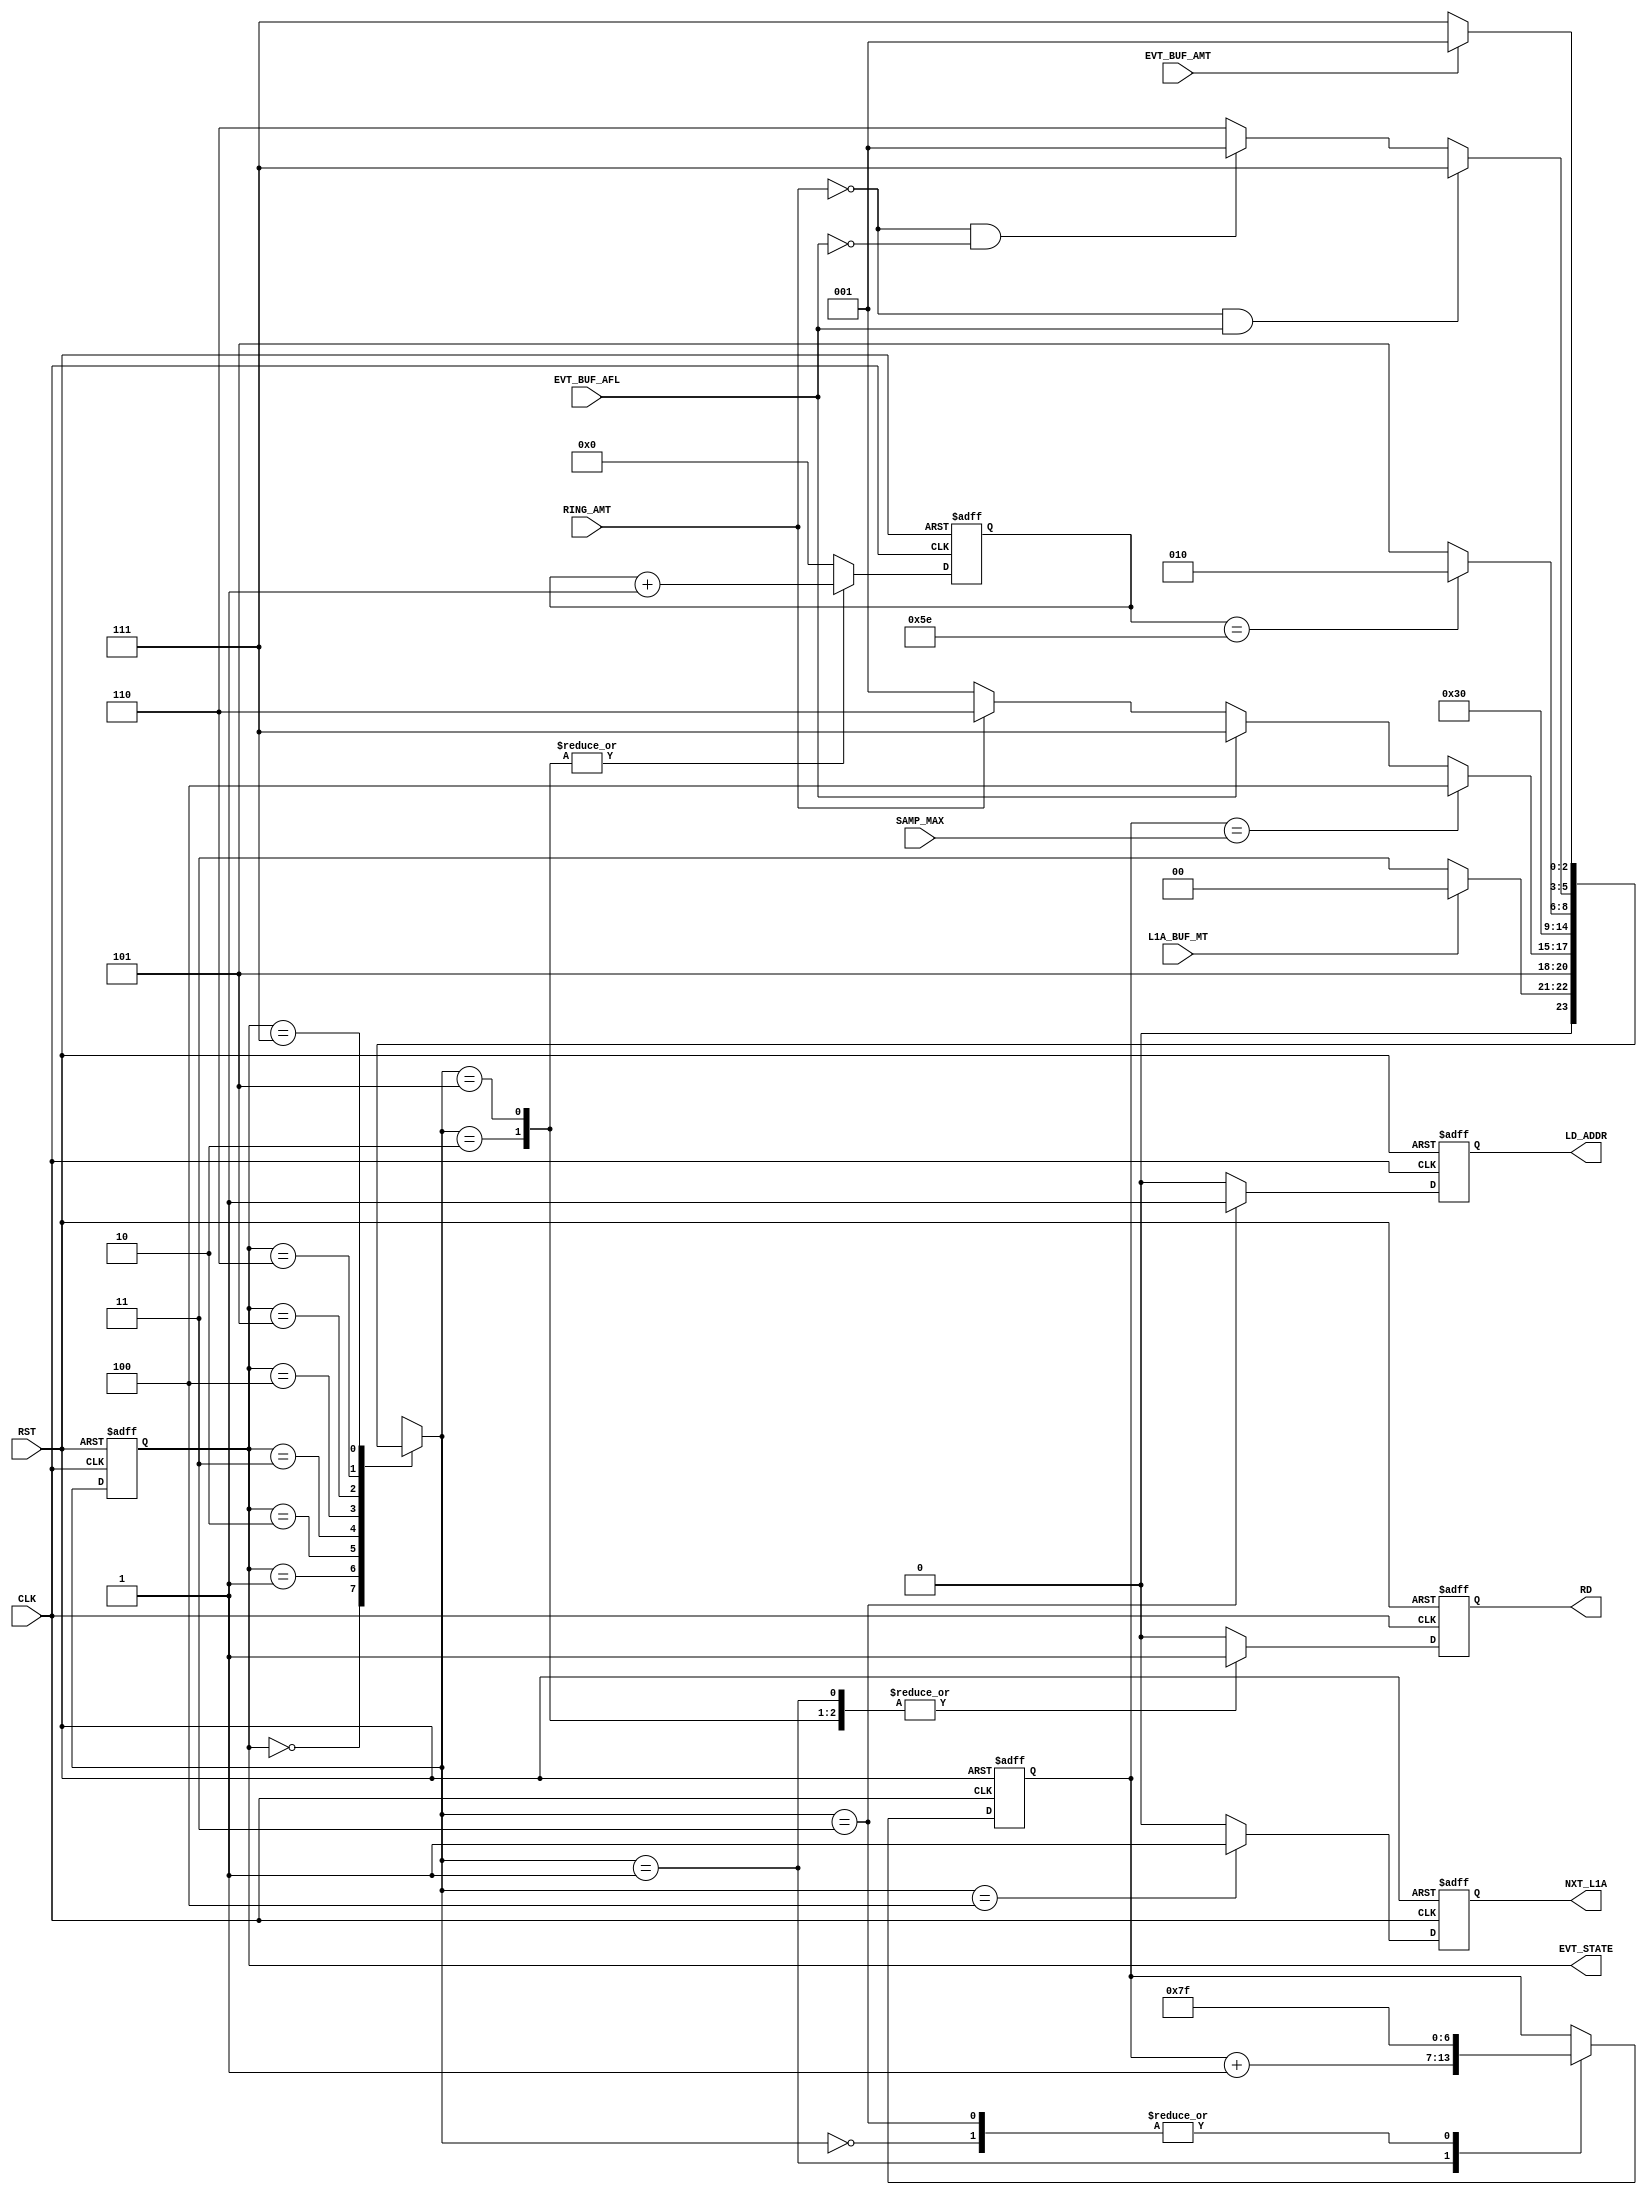

// Created by fizzim_tmr.pl version $Revision: 4.44 on 2014:08:26 at 13:27:36 (www.fizzim.com)

module Ring_Trans_FSM (
  output reg LD_ADDR,
  output reg NXT_L1A,
  output reg RD,
  output wire [2:0] EVT_STATE,
  input CLK,
  input EVT_BUF_AFL,
  input EVT_BUF_AMT,
  input L1A_BUF_MT,
  input RING_AMT,
  input RST,
  input wire [6:0] SAMP_MAX 
);

  // state bits
  parameter 
  Idle       = 3'b000, 
  Inc_Samp   = 3'b001, 
  Last       = 3'b010, 
  Load_Addr  = 3'b011, 
  Next_L1a   = 3'b100, 
  Read       = 3'b101, 
  W4Data     = 3'b110, 
  W4_EVT_AMT = 3'b111; 

  reg [2:0] state;

  assign EVT_STATE = state;

  reg [2:0] nextstate;

  reg [6:0] seq;
  reg [6:0] smp;

  // comb always block
  always @* begin
    nextstate = 3'bxxx; // default to x because default_state_is_x is set
    case (state)
      Idle      : if      (!L1A_BUF_MT)                nextstate = Load_Addr;
                  else                                 nextstate = Idle;
      Inc_Samp  :                                      nextstate = Read;
      Last      : if      (smp == SAMP_MAX)            nextstate = Next_L1a;
                  else if (EVT_BUF_AFL)                nextstate = W4_EVT_AMT;
                  else if (RING_AMT)                   nextstate = W4Data;
                  else                                 nextstate = Inc_Samp;
      Load_Addr :                                      nextstate = W4Data;
      Next_L1a  :                                      nextstate = Idle;
      Read      : if      (seq == 7'd94)               nextstate = Last;
                  else                                 nextstate = Read;
      W4Data    : if      (!RING_AMT && EVT_BUF_AFL)   nextstate = W4_EVT_AMT;
                  else if (!RING_AMT && !EVT_BUF_AFL)  nextstate = Inc_Samp;
                  else                                 nextstate = W4Data;
      W4_EVT_AMT: if      (EVT_BUF_AMT)                nextstate = Inc_Samp;
                  else                                 nextstate = W4_EVT_AMT;
    endcase
  end

  // Assign reg'd outputs to state bits

  // sequential always block
  always @(posedge CLK or posedge RST) begin
    if (RST)
      state <= Idle;
    else
      state <= nextstate;
  end

  // datapath sequential always block
  always @(posedge CLK or posedge RST) begin
    if (RST) begin
      LD_ADDR <= 0;
      NXT_L1A <= 0;
      RD <= 0;
      seq <= 7'h00;
      smp <= 7'h00;
    end
    else begin
      LD_ADDR <= 0; // default
      NXT_L1A <= 0; // default
      RD <= 0; // default
      seq <= 7'h00; // default
      smp <= smp; // default
      case (nextstate)
        Idle      :        smp <= 7'h7F;
        Inc_Samp  : begin
                           RD <= 1;
                           smp <= smp + 1;
        end
        Last      : begin
                           RD <= 1;
                           seq <= seq + 1;
        end
        Load_Addr : begin
                           LD_ADDR <= 1;
                           smp <= 7'h7F;
        end
        Next_L1a  :        NXT_L1A <= 1;
        Read      : begin
                           RD <= 1;
                           seq <= seq + 1;
        end
      endcase
    end
  end

  // This code allows you to see state names in simulation
  `ifndef SYNTHESIS
  reg [79:0] statename;
  always @* begin
    case (state)
      Idle      : statename = "Idle";
      Inc_Samp  : statename = "Inc_Samp";
      Last      : statename = "Last";
      Load_Addr : statename = "Load_Addr";
      Next_L1a  : statename = "Next_L1a";
      Read      : statename = "Read";
      W4Data    : statename = "W4Data";
      W4_EVT_AMT: statename = "W4_EVT_AMT";
      default   : statename = "XXXXXXXXXX";
    endcase
  end
  `endif

endmodule